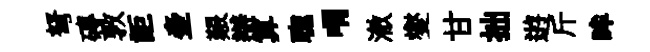
弩磚敦詎壷艱辯算聦喟澈燮甘拙逰斤眸